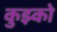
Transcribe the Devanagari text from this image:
कुझ्को